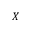
X